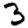
Digit: 3